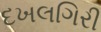
દખલગિરી